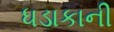
ધડાકાની